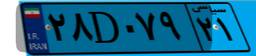
۳۹D۵۳۹۷۵